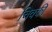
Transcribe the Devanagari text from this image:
चिक्‍की